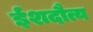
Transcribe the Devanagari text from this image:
ईशदौत्य